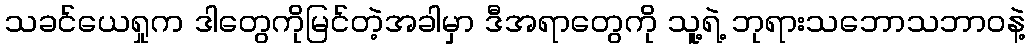
သခင်ယေရှုက ဒါတွေကိုမြင်တဲ့အခါမှာ ဒီအရာတွေကို သူ့ရဲ့ ဘုရားသဘောသဘာဝနဲ့